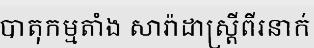
បាតុកម្មតាំង សារ៉ាដាស្ត្រីពីរនាក់